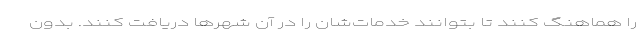
را هماهنگ کنند تا بتوانند خدمات‌شان را در آن شهرها دریافت کنند. بدون